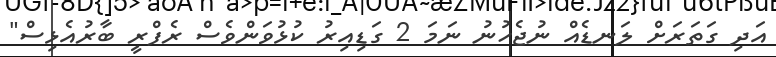
އަދި ގަތަރަށް ލަނޑެއް ނުޖެހުނު ނަމަ 2 ގަޑިއިރު ކުޅުވަންވެސް ރެފްރީ ބާރުއެޅިސް"